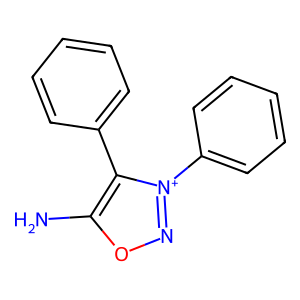
SMILES: Nc1on[n+](-c2ccccc2)c1-c1ccccc1
Inhibits HIV replication: No